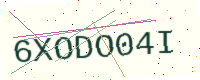
Text: 6XODO04I